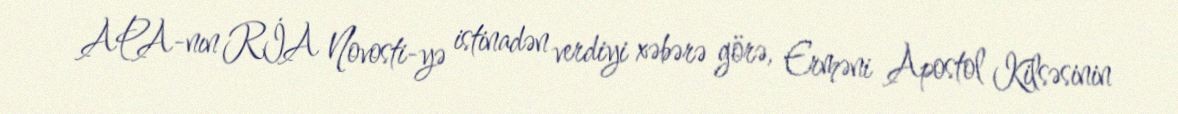
APA-nın RİA Novosti-yə istinadən verdiyi xəbərə görə, Erməni Apostol Kilsəsinin